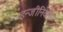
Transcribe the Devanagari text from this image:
इन्‍जीनियरिंग